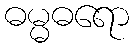
ဓမ္မဓရော